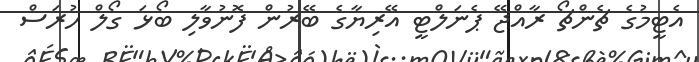
އެޓީމުގެ ޗެންޗޯ ރާއްޖޭ ޕެނަލްޓީ އޭރިޔާގެ ބޭރުން ފޮނުވާލި ބޯޅަ ގޯލް ހުރަސް